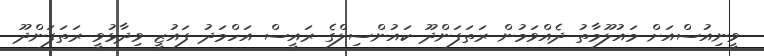
ވީނިއުސްއަށް މައުލޫމާތު ދެއްވަމުން ރަތަފަންދޫ ކައުންސިލްގެ ރައީސް އަހްމަދު ފައުޒީ ވިދާޅުވީ ރަތަފަންދޫ